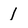
Character: 1